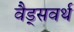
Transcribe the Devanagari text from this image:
वैड्सवर्थ